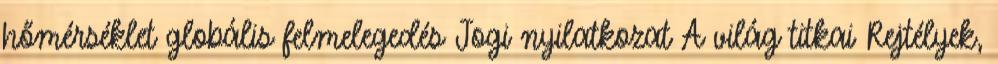
hőmérséklet globális felmelegedés Jogi nyilatkozat A világ titkai Rejtélyek,